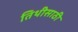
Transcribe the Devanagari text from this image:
तिथीसाठी